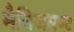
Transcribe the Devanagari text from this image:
मैनिजमण्ट